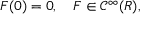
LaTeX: F ( 0 ) = 0 , \quad F \in { \mathcal C } ^ { \infty } ( R ) ,